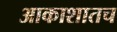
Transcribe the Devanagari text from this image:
आकाशातच